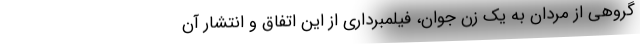
گروهی از مردان به یک زن جوان، فیلمبرداری از این اتفاق و انتشار آن